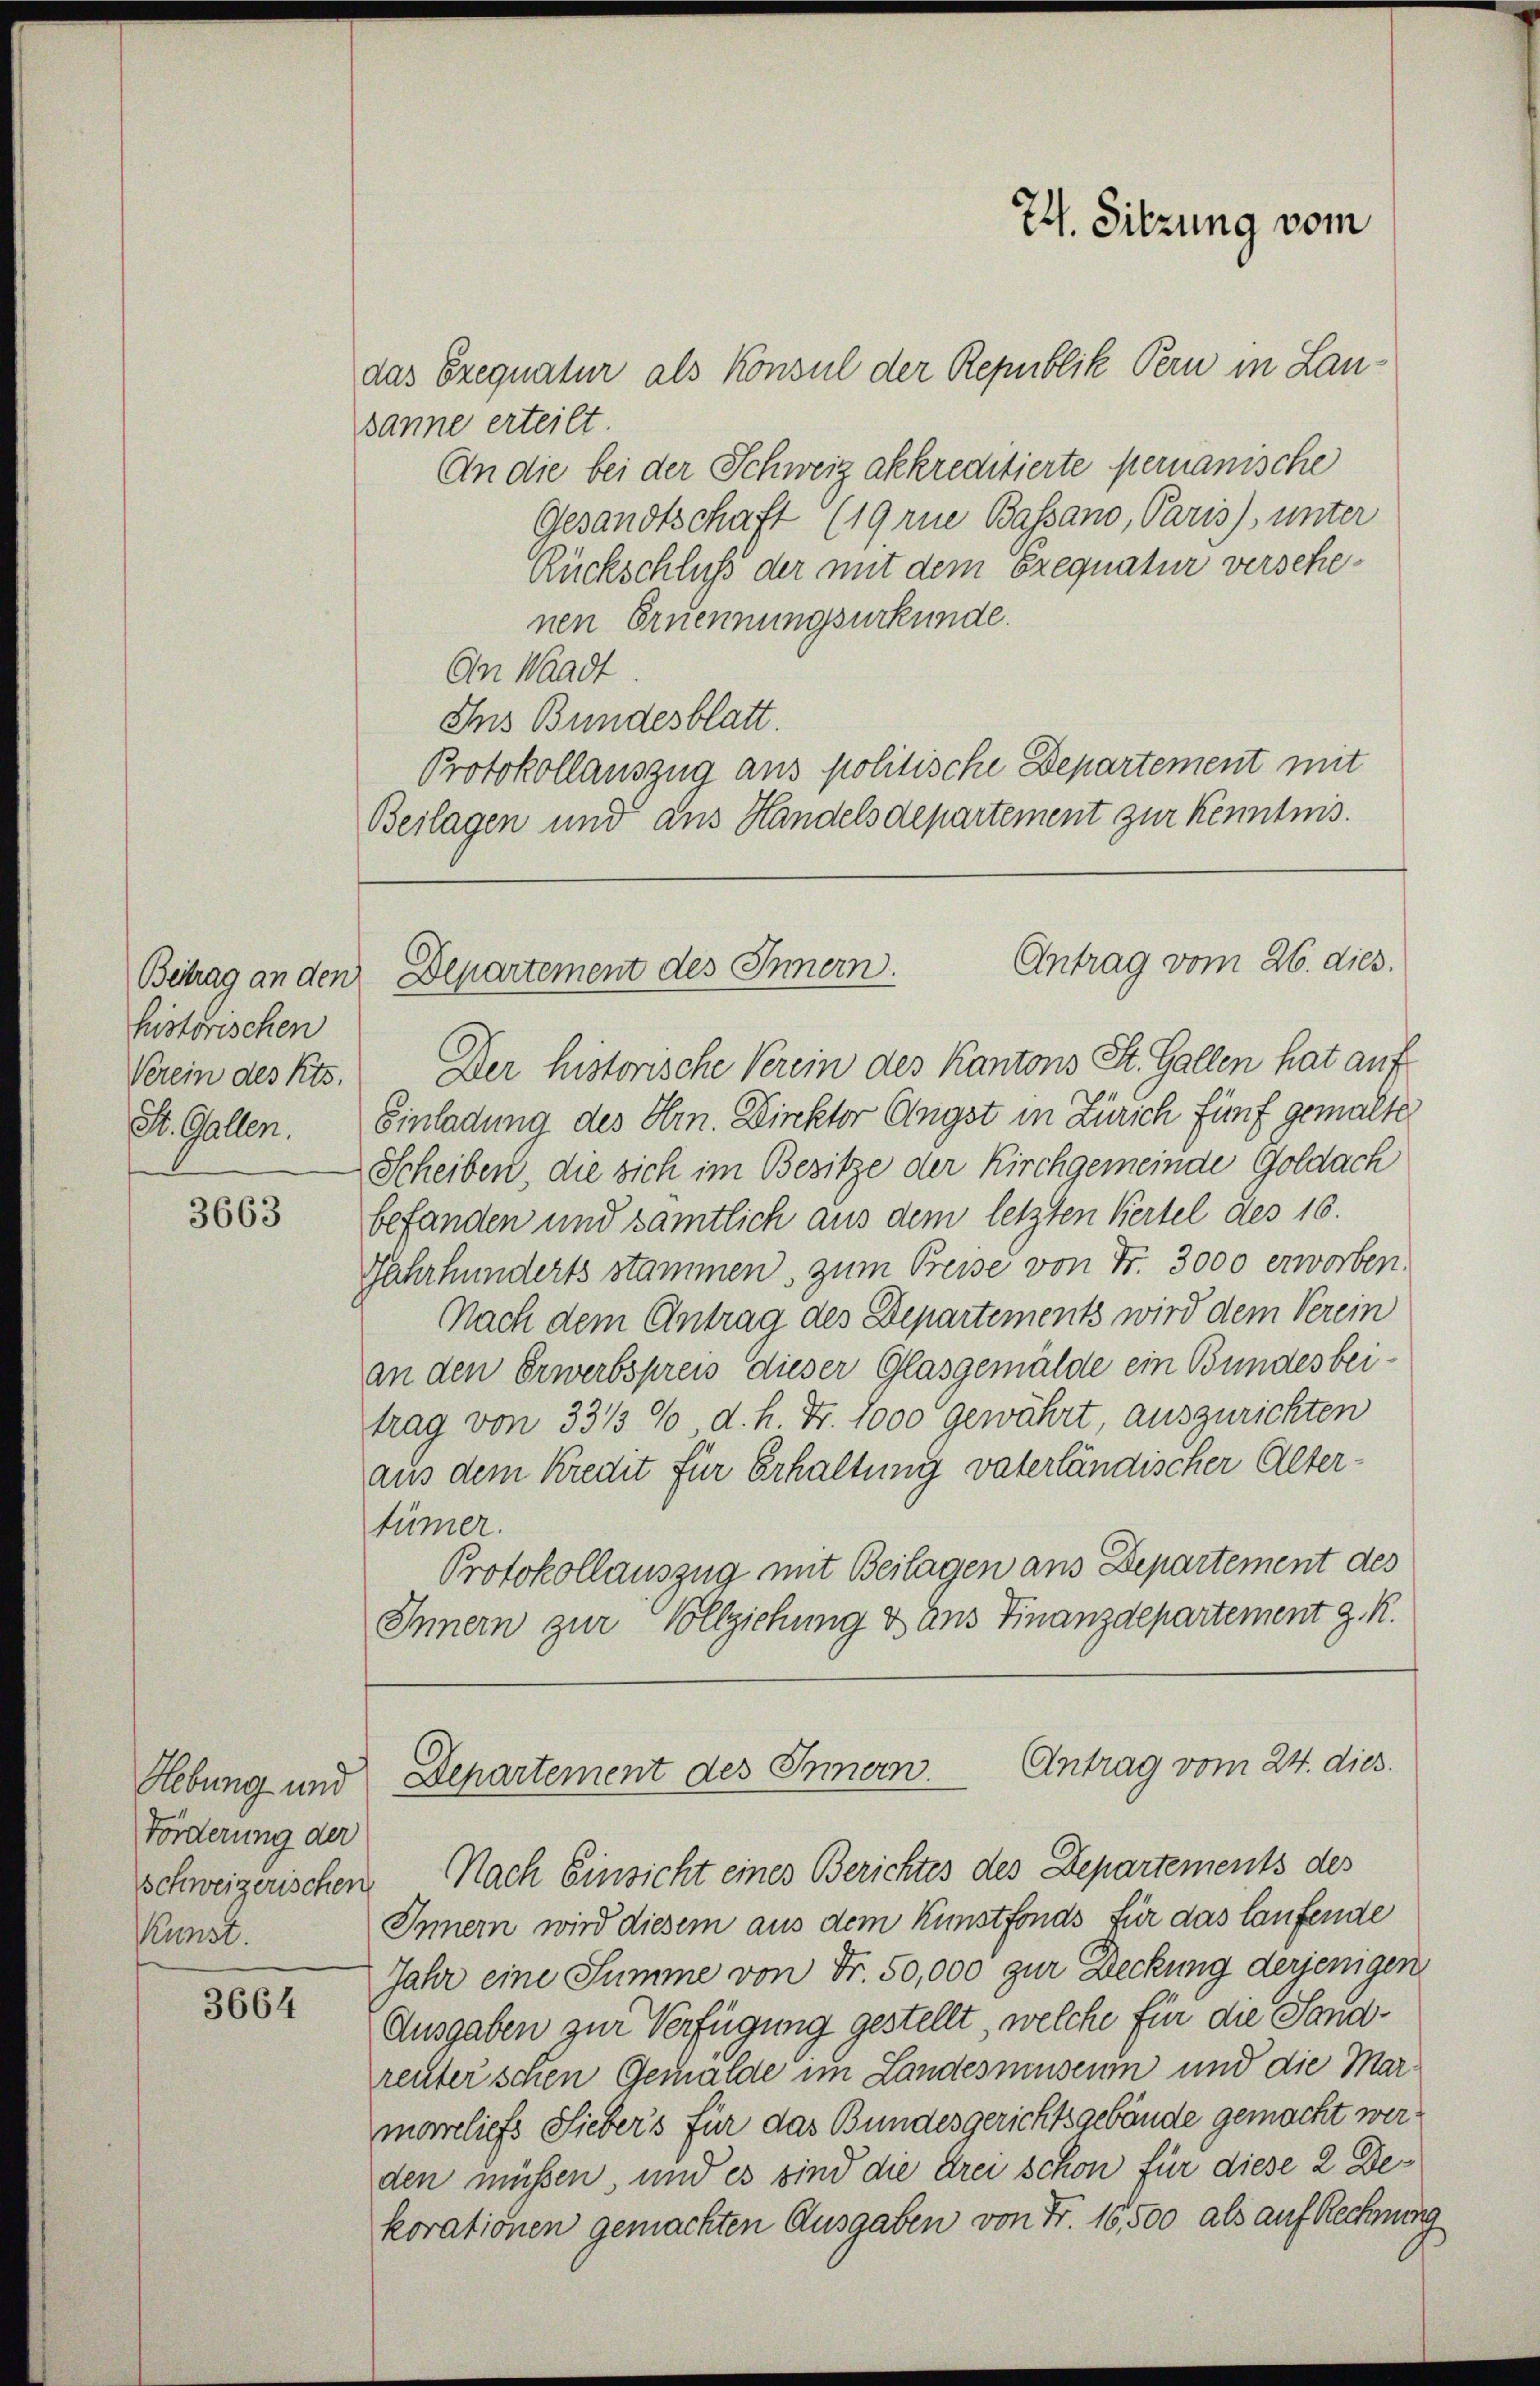
historischen
Verein des Kts.

3663

Hebung und
Förderung der
schweizerischen
Kunst.

3664

das Exequatur als Konsul der Republik Bern in Lausanne erteilt.
An die bei der Schweiz akkreditierte permanische
Gesandtschaft (19 rne Bassano, Paris, unter
Rückschluß der mit dem Exequatur verschenen Ernennungsurkunde.
An Waadt
Ins Bundesblatt.
Protokollauszug aus politische Departement mit
Beilagen und aus Handelsdepartement zur Kenntnis.

74. Sitzung vom

Der historische Verein des Kantons St. Gallen hat auf
St. Gallen. Einladung des Hrn. Direktor Angst in Zürich fünf gemalte
Scheiben, die sich im Besitze der Kirchgemeinde Goldach
befanden und samtlich aus dem letzten Kertel des 16.
Jahrhunderts stammen, zum Preise von Fr. 3000 erworben.
Nach dem Antrag des Departements wird dem Verein
an den Erwerbspreis dieser Glasgemälde ein Bundesbeitrag von 3313% d. h. Fr. 1000 gewährt, auszurichten
aus dem Kredit für Erhaltung vaterländischer Altertümer.
Protokollauszug mit Beilagen aus Departement des
Innern zur Vollziehung & aus Finanzdepartement z. R.

Antrag vom 26. dies.
Beitrag an den Departement des Innern.

Departement des Innern. Antrag vom 24. dies

Nach Einsicht eines Berichtes des Departements des
Innern wird diesem aus dem Kunstfonds für das laufende
Jahr eine Summe von Fr. 50,000 zur Deckung derjenigen
Ausgaben zur Verfügung gestellt, welche für die Sandreuterschen Gemälde im Landesmiuseum und die Marmareliefs Liebers für das Bundesgerichtsgebäude gemacht werden müßen, und es sind die drei schon für diese 2 Dekorationen gemachten Ausgaben von Fr. 16,500 als auf Rechnung